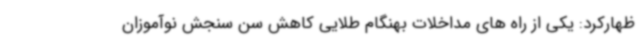
ظهارکرد: یکی از راه های مداخلات بهنگام طلایی کاهش سن سنجش نوآموزان